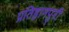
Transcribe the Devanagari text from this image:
प्रतिष्ठानपुरी